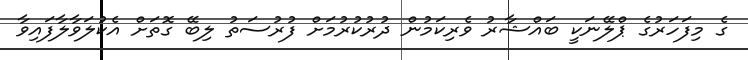
ގެ މިފަހަރުގެ ޕްލޭނަކީ ބައްޝާރު ވެރިކަމުން ދުރުކުރުމަށް ފުރުސަތު ލިބޭ ގޮތަށް އެކުލަވާލާފައިވާ